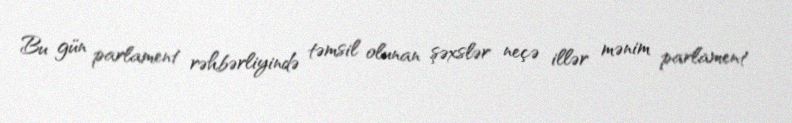
Bu gün parlament rəhbərliyində təmsil olunan şəxslər neçə illər mənim parlament